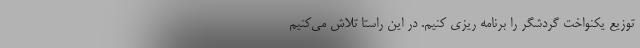
توزیع یکنواخت گردشگر را برنامه ریزی کنیم. در این راستا تلاش می‌کنیم